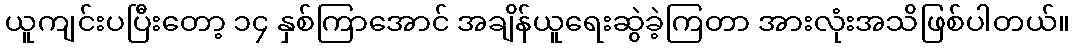
ယူကျင်းပပြီးတော့ ၁၄ နှစ်ကြာအောင် အချိန်ယူရေးဆွဲခဲ့ကြတာ အားလုံးအသိဖြစ်ပါတယ်။